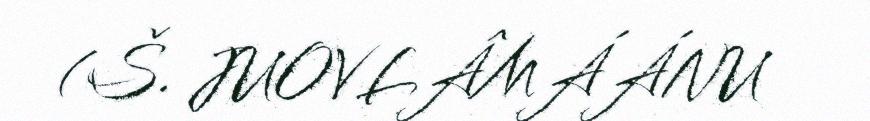
(Š. JUOVLÂMÁÁNU